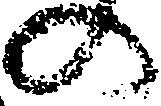
の